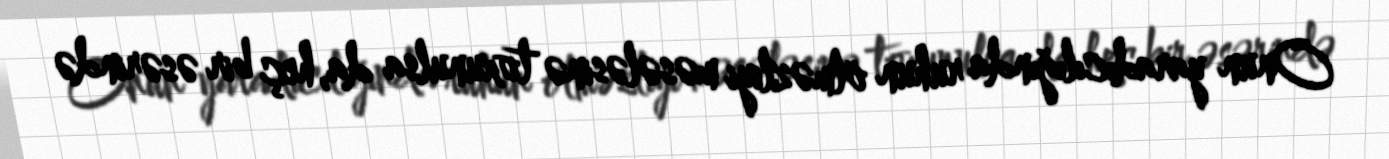
Onun yaradıcılığında ruhun ölməzliyi məsələsinə toxunulsa da, heç bir əsərində